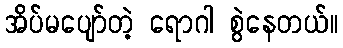
အိပ်မပျော်တဲ့ ရောဂါ စွဲနေတယ်။